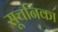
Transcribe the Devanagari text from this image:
सूचनिका